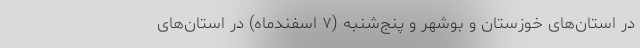
در استان‌های خوزستان و بوشهر و پنج‌شنبه (۷ اسفندماه) در استان‌های